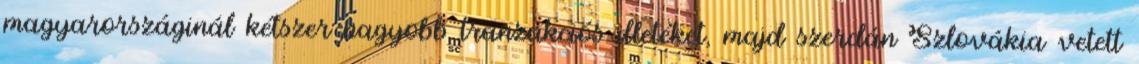
magyarországinál kétszer nagyobb tranzakciós illetéket, majd szerdán Szlovákia vetett